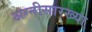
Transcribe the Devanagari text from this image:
अग्नीसारख्या